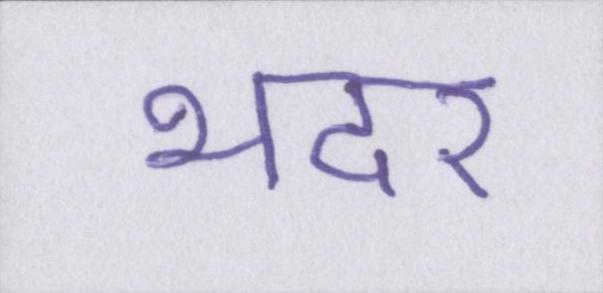
भदर